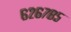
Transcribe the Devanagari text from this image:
६२६७८५